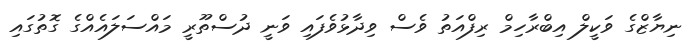
ނިޔާޒްގެ ވަކީލް އިބްރާހިމް ރިފްއަތު ވެސް ވިދާޅުވެފައި ވަނީ ދުސްތޫރީ މައްސަލައެއްގެ ގޮތުގައި